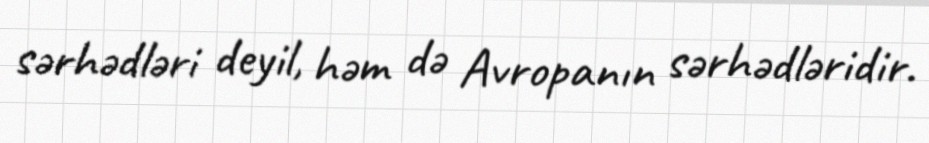
sərhədləri deyil, həm də Avropanın sərhədləridir.